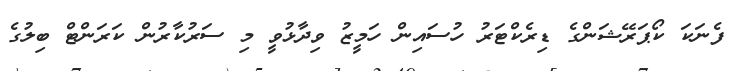
ފެނަކަ ކޯޕަރޭޝަންގެ ޑިރެކްޓަރު ހުސައިން ހަމީޒު ވިދާޅުވީ މި ސަރުކާރުން ކަރަންޓް ބިލުގެ